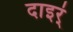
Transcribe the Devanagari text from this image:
दाइर्ं